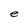
Character: e